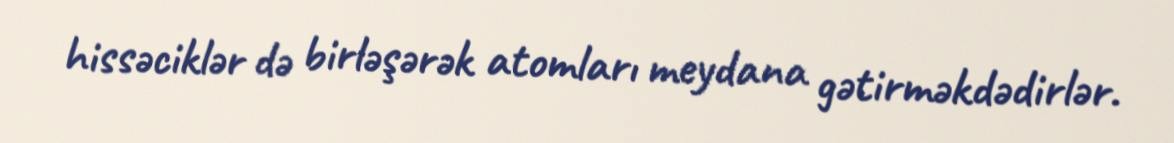
hissəciklər də birləşərək atomları meydana gətirməkdədirlər.